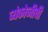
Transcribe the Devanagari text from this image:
व्यंकोजीची